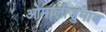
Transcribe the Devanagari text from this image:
ओमालीज़ुमाब